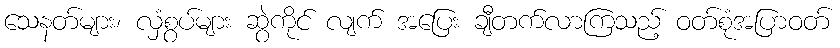
သေနတ်များ၊ လှံစွပ်များ ဆွဲကိုင် လျက် အပြေး ချီတက်လာကြသည့် ဝတ်စုံအပြာဝတ်